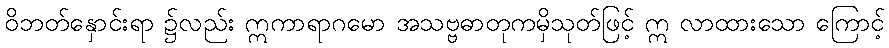
ဝိဘတ်နှောင်းရာ ၌လည်း ဣကာရာဂမော အသဗ္ဗဓာတုကမှိသုတ်ဖြင့် ဣ လာထားသော ကြောင့်